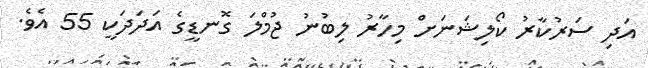
އަދި ސަރުކާރު ކޯލިޝަނަށް މިހާރު ލިބުނު ޖުމްލަ ގޮނޑީގެ އަދަދަކީ 55 އެވެ.